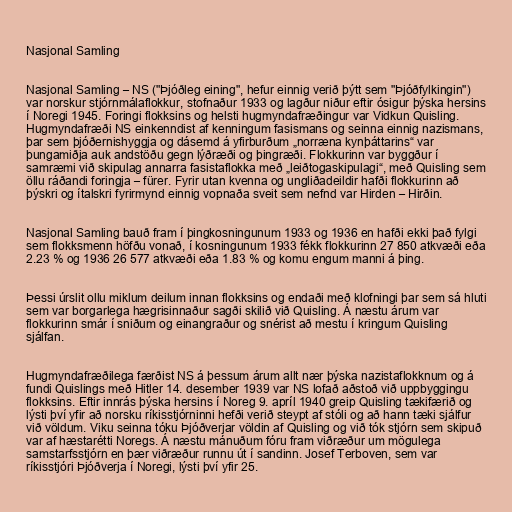
Nasjonal Samling

Nasjonal Samling – NS ("Þjóðleg eining", hefur einnig verið þýtt sem "Þjóðfylkingin")
var norskur stjórnmálaflokkur, stofnaður 1933 og lagður niður eftir ósigur þýska hersins
í Noregi 1945. Foringi flokksins og helsti hugmyndafræðingur var Vidkun Quisling.
Hugmyndafræði NS einkenndist af kenningum fasismans og seinna einnig nazismans,
þar sem þjóðernishyggja og dásemd á yfirburðum „norræna kynþáttarins“ var
þungamiðja auk andstöðu gegn lýðræði og þingræði. Flokkurinn var byggður í
samræmi við skipulag annarra fasistaflokka með „leiðtogaskipulagi“, með Quisling sem
öllu ráðandi foringja – fürer. Fyrir utan kvenna og ungliðadeildir hafði flokkurinn að
þýskri og ítalskri fyrirmynd einnig vopnaða sveit sem nefnd var Hirden – Hirðin.

Nasjonal Samling bauð fram í þingkosningunum 1933 og 1936 en hafði ekki það fylgi
sem flokksmenn höfðu vonað, í kosningunum 1933 fékk flokkurinn 27 850 atkvæði eða
2.23 % og 1936 26 577 atkvæði eða 1.83 % og komu engum manni á þing.

Þessi úrslit ollu miklum deilum innan flokksins og endaði með klofningi þar sem sá hluti
sem var borgarlega hægrisinnaður sagði skilið við Quisling. Á næstu árum var
flokkurinn smár í sniðum og einangraður og snérist að mestu í kringum Quisling
sjálfan.

Hugmyndafræðilega færðist NS á þessum árum allt nær þýska nazistaflokknum og á
fundi Quislings með Hitler 14. desember 1939 var NS lofað aðstoð við uppbyggingu
flokksins. Eftir innrás þýska hersins í Noreg 9. apríl 1940 greip Quisling tækifærið og
lýsti því yfir að norsku ríkisstjórninni hefði verið steypt af stóli og að hann tæki sjálfur
við völdum. Viku seinna tóku Þjóðverjar völdin af Quisling og við tók stjórn sem skipuð
var af hæstarétti Noregs. Á næstu mánuðum fóru fram viðræður um mögulega
samstarfsstjórn en þær viðræður runnu út í sandinn. Josef Terboven, sem var
ríkisstjóri Þjóðverja í Noregi, lýsti því yfir 25.